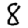
Digit: 8